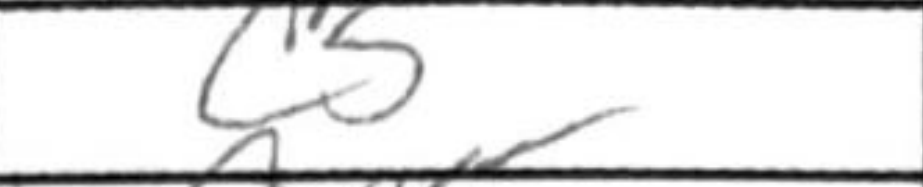
Transcription: c5